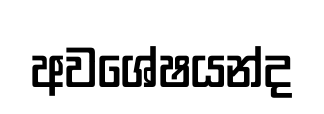
අවශේෂයන්ද